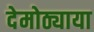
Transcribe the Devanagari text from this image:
देमोठ्याया